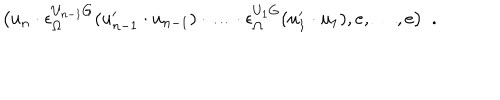
\bigl ( u _ { n } \cdot \epsilon _ { \Omega } ^ { U _ { n - 1 } G } ( u _ { n - 1 } ^ { \prime } \cdot u _ { n - 1 } ) \cdot \ldots \cdot \epsilon _ { \Omega } ^ { U _ { 1 } G } ( u _ { 1 } ^ { \prime } \cdot u _ { 1 } ) , e , \ldots , e \bigr ) \ \ .